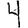
Digit: 4